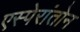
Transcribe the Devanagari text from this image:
एस्पेरांतोन